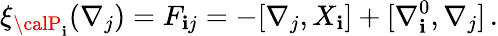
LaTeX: \xi_{{\calP}_{\mathbf{i}}}(\nabla_{j})=F_{\mathbf{i}j}=-[\nabla_{j},X_{\mathbf{i}}]+[\nabla_{\mathbf{i}}^{0},\nabla_{j}]\, .